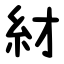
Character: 䊷